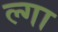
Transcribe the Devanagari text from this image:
ल्गा